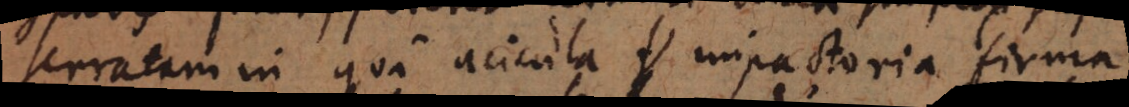
serratam in qua acicula impactoria firma